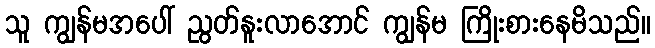
သူ ကျွန်မအပေါ် ညွတ်နူးလာအောင် ကျွန်မ ကြိုးစားနေမိသည်။